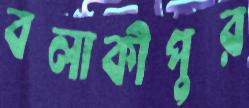
বলাকীপুর